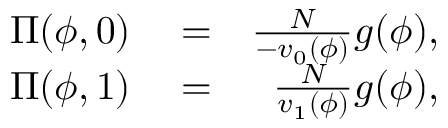
\begin{array} { r l r } { \Pi ( \phi , 0 ) } & { { } = } & { \frac { { \cal N } } { - v _ { 0 } ( \phi ) } g ( \phi ) , } \\ { \Pi ( \phi , 1 ) } & { { } = } & { \frac { \cal N } { v _ { 1 } ( \phi ) } g ( \phi ) , } \end{array}